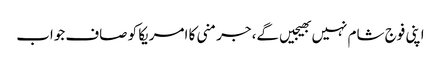
اپنی فوج شام نہیں بھیجیں گے، جرمنی کا امریکا کو صاف جواب